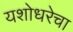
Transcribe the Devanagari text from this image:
यशोधरेचा